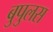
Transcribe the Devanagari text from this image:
बुपुलस